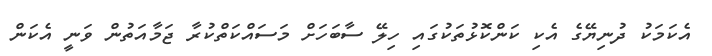
އެކަމަކު ދުނިޔޭގެ އެކި ކަންކޮޅުތަކުގައި ހިލޭ ސާބަހަށް މަސައްކަތްކުރާ ޖަމާއަތުން ވަނީ އެކަން